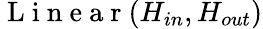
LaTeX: \mathrm{~L~i~n~e~a~r~}(H_{in},H_{out})